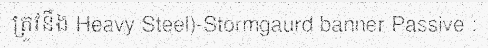
ត្រូវនឹង Heavy Steel)-Stormgaurd banner Passive :